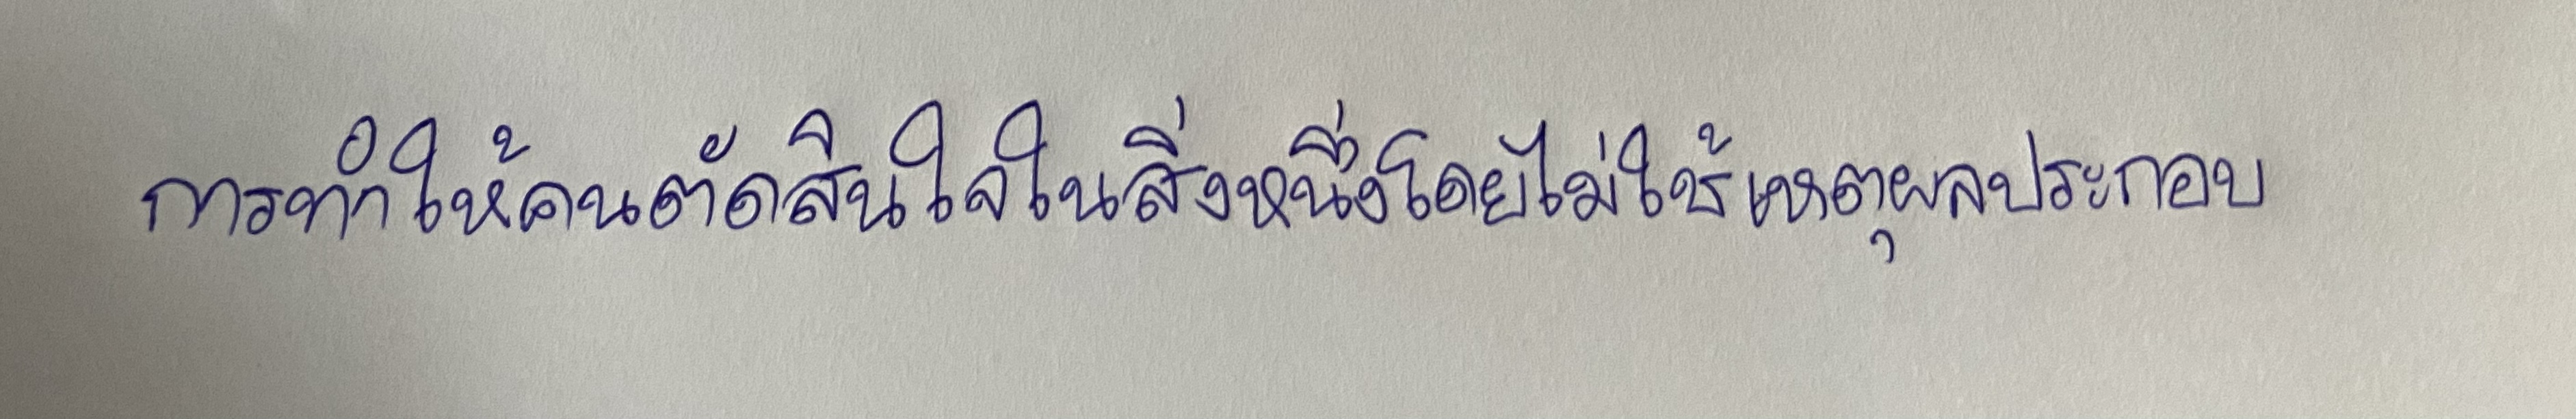
การทำให้คนตัดสินใจในสิ่งใดสิ่งหนึ่งโดยไม่ใช้เหตุผลประกอบ